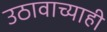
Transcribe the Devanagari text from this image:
उठावाच्याही